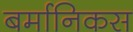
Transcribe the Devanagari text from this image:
बर्मानिकस